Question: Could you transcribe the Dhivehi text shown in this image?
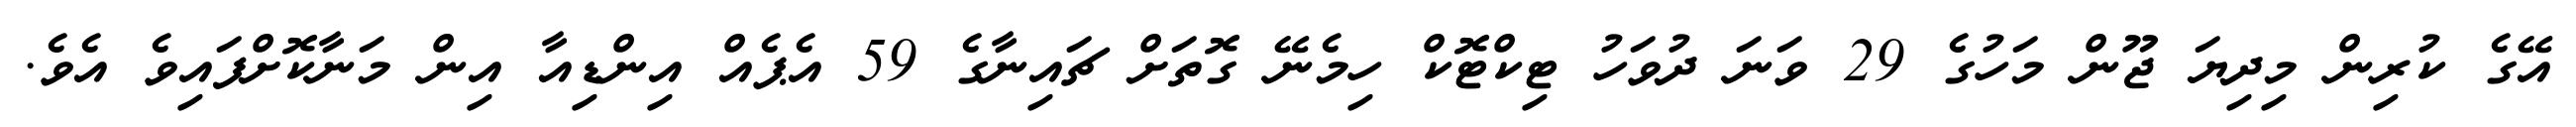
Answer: އޭގެ ކުރިން މިދިޔަ ޖޫން މަހުގެ 29 ވަނަ ދުވަހު ޓިކްޓޮކް ހިމެނޭ ގޮތަށް ޗައިނާގެ 59 އެޕެއް އިންޑިއާ އިން މަނާކޮށްފައިވެ އެވެ.